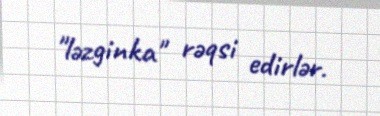
"ləzginka" rəqsi edirlər.